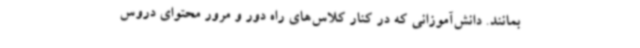
بمانند. دانش‌آموزانی که در کنار کلاس‌های راه‌ دور و مرور محتوای دروس